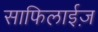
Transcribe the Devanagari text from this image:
साफिलाईज़